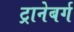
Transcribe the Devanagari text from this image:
ट्रानेबर्ग